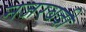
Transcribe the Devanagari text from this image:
नजरबदी